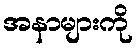
အနာများကို